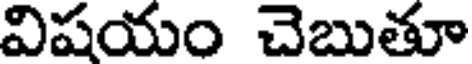
విషయం చెబుతూ